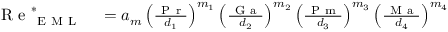
\begin{array} { r l } { \mathrm { ~ R ~ e ~ } _ { \mathrm { ~ E ~ M ~ L ~ } } ^ { \ast } } & { { } = a _ { m } \left( \frac { \mathrm { ~ P ~ r ~ } } { d _ { 1 } } \right) ^ { m _ { 1 } } \left( \frac { \mathrm { ~ G ~ a ~ } } { d _ { 2 } } \right) ^ { m _ { 2 } } \left( \frac { \mathrm { ~ P ~ m ~ } } { d _ { 3 } } \right) ^ { m _ { 3 } } \left( \frac { \mathrm { ~ M ~ a ~ } } { d _ { 4 } } \right) ^ { m _ { 4 } } } \end{array}